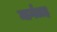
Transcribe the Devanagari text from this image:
मार्गलह